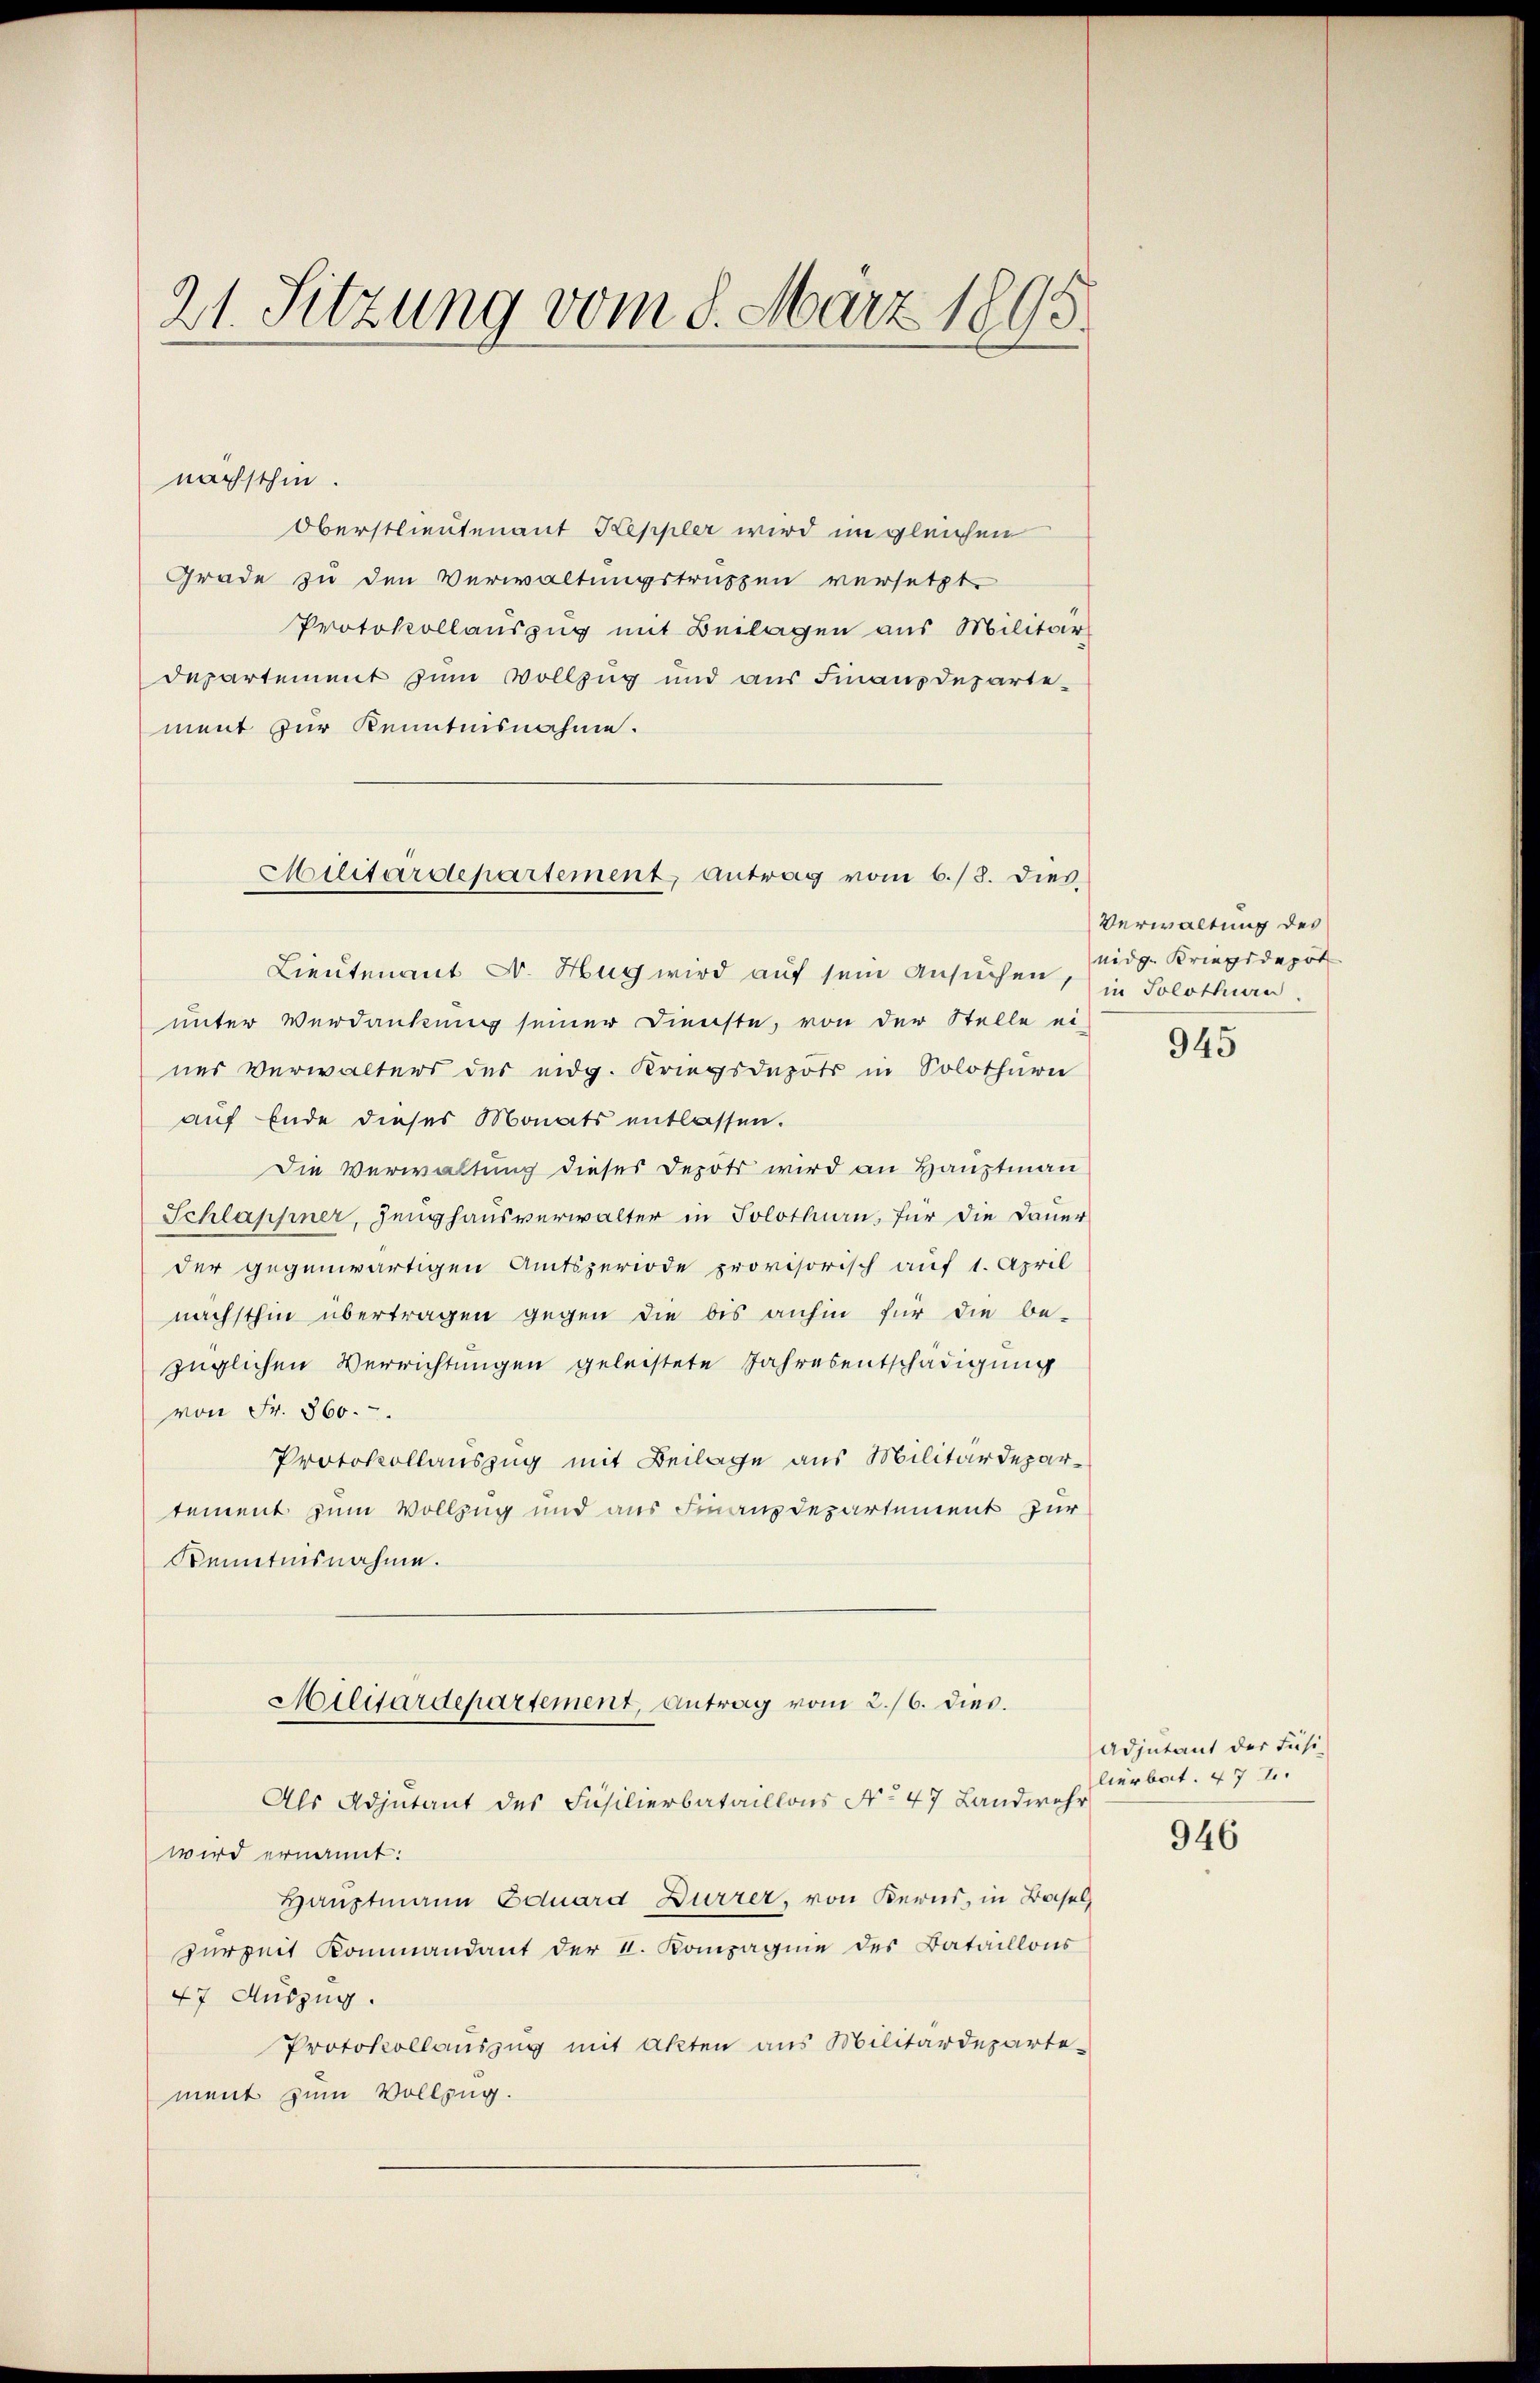
21. Sitzung vom 8. März 1895.

nächsthin.
Oberstlieutenant Keppler wird imgleichen
Grade zu den Verwaltungstruppen versetzt.
Protokollauszug mit Beilagen aus Militär
departement zum Vollzug und aus Finanzdepartement zur Kenntnisnahme.

Militärdepartement, antrag vom 6./8. dies

Lieutenant Dr. Hug wird auf sein Ansuchen, in Solothurn
unter Verdankung seiner Dienste, von der Stelle ei-
nes Verwalters des eidg. Kriegsdepots in Solothurni
auf Ende dieses Monats entlassen.
Die Verwaltung dieses Depots wird an Hauptman
Schlappner, Zeughausverwalter in Solothurn, für die Dauer
der gegenwärtigen Amtsperiode provisorisch auf 1. April
nächsthin übertragen gegen die bis anhin für die be-
züglichen Verrichtungen geleistete Jahresentschädigung
von Fr. 360.
Protokollauszug mit Beilage aus Militärdepartement zum Vollzug und aus Finanzdepartement zur
Kenntnisnahme.
Militärdepartement, Antrag vom 2./6. dies.
Als Adjutant des Füsilierbataillons No 47 Landwehr
wird ernannt:
Hauptmann Eduard Dürrer, von Kerns, in Basel
zurzeit Kommandant der 4. Kompagnie des Bataillons
47 Auszug.
Protokollauszug mit Akten aus Militärdeparte-
ment zum Vollzug.

Verwaltung des
nidg. Kriegsdepot

945

Adjutant der Fäsi-
lierbot. 472.

946